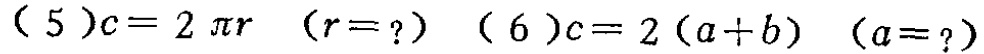
(5) \(c = 2\pi r\)  \((r = ?)\)  (6) \(c = 2(a + b)\)  \((a = ?)\)